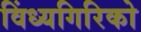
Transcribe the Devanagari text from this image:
विंध्यगिरिको